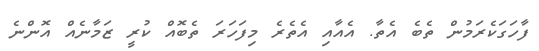
ފާހަގަކެރަމުން ތެބެ އެތާ. އެއާއި އެތެރެ މިފަހަރަ ތެބޮއް ކުރީ ޒަމާނެއް އޮންނެ